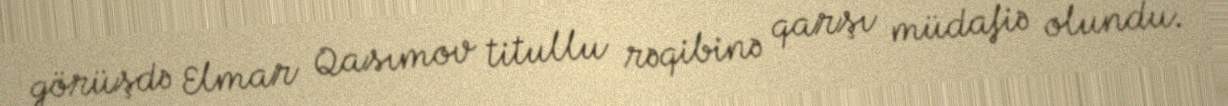
görüşdə Elmar Qasımov titullu rəqibinə qarşı müdafiə olundu.